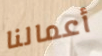
أعمالنا